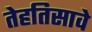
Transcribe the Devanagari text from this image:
तेहतिसावे